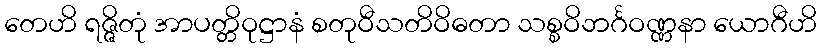
တေဟိ ရဇ္ဇိတုံ အာပတ္တိဝုဋ္ဌာနံ စတုဝီသတိဝိဓတာ သစ္စဝိဘင်္ဂဝဏ္ဏနာ ယောဂီဟိ